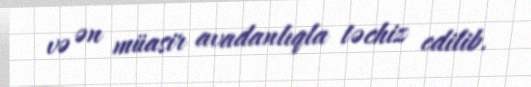
və ən müasir avadanlıqla təchiz edilib.